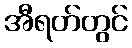
အီရတ်တွင်